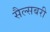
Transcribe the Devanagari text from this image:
सैल्सबरी